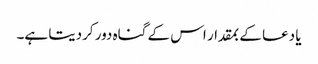
یا دعا کے بمقدار اس کے گناہ دور کردیتا ہے۔